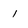
Character: i